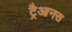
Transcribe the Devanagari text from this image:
ट्रैआनस